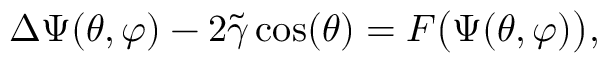
\Delta \Psi ( \theta , \varphi ) - 2 \widetilde { \gamma } \cos ( \theta ) = F \big ( \Psi ( \theta , \varphi ) \big ) ,